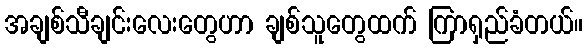
အချစ်သီချင်းလေးတွေဟာ ချစ်သူတွေထက် ကြာရှည်ခံတယ်။